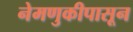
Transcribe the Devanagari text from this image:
नेमणुकीपासून